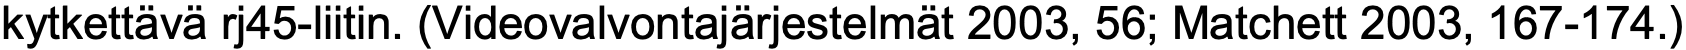
kytkettävä rj45-liitin. (Videovalvontajärjestelmät 2003, 56; Matchett 2003, 167-174.)